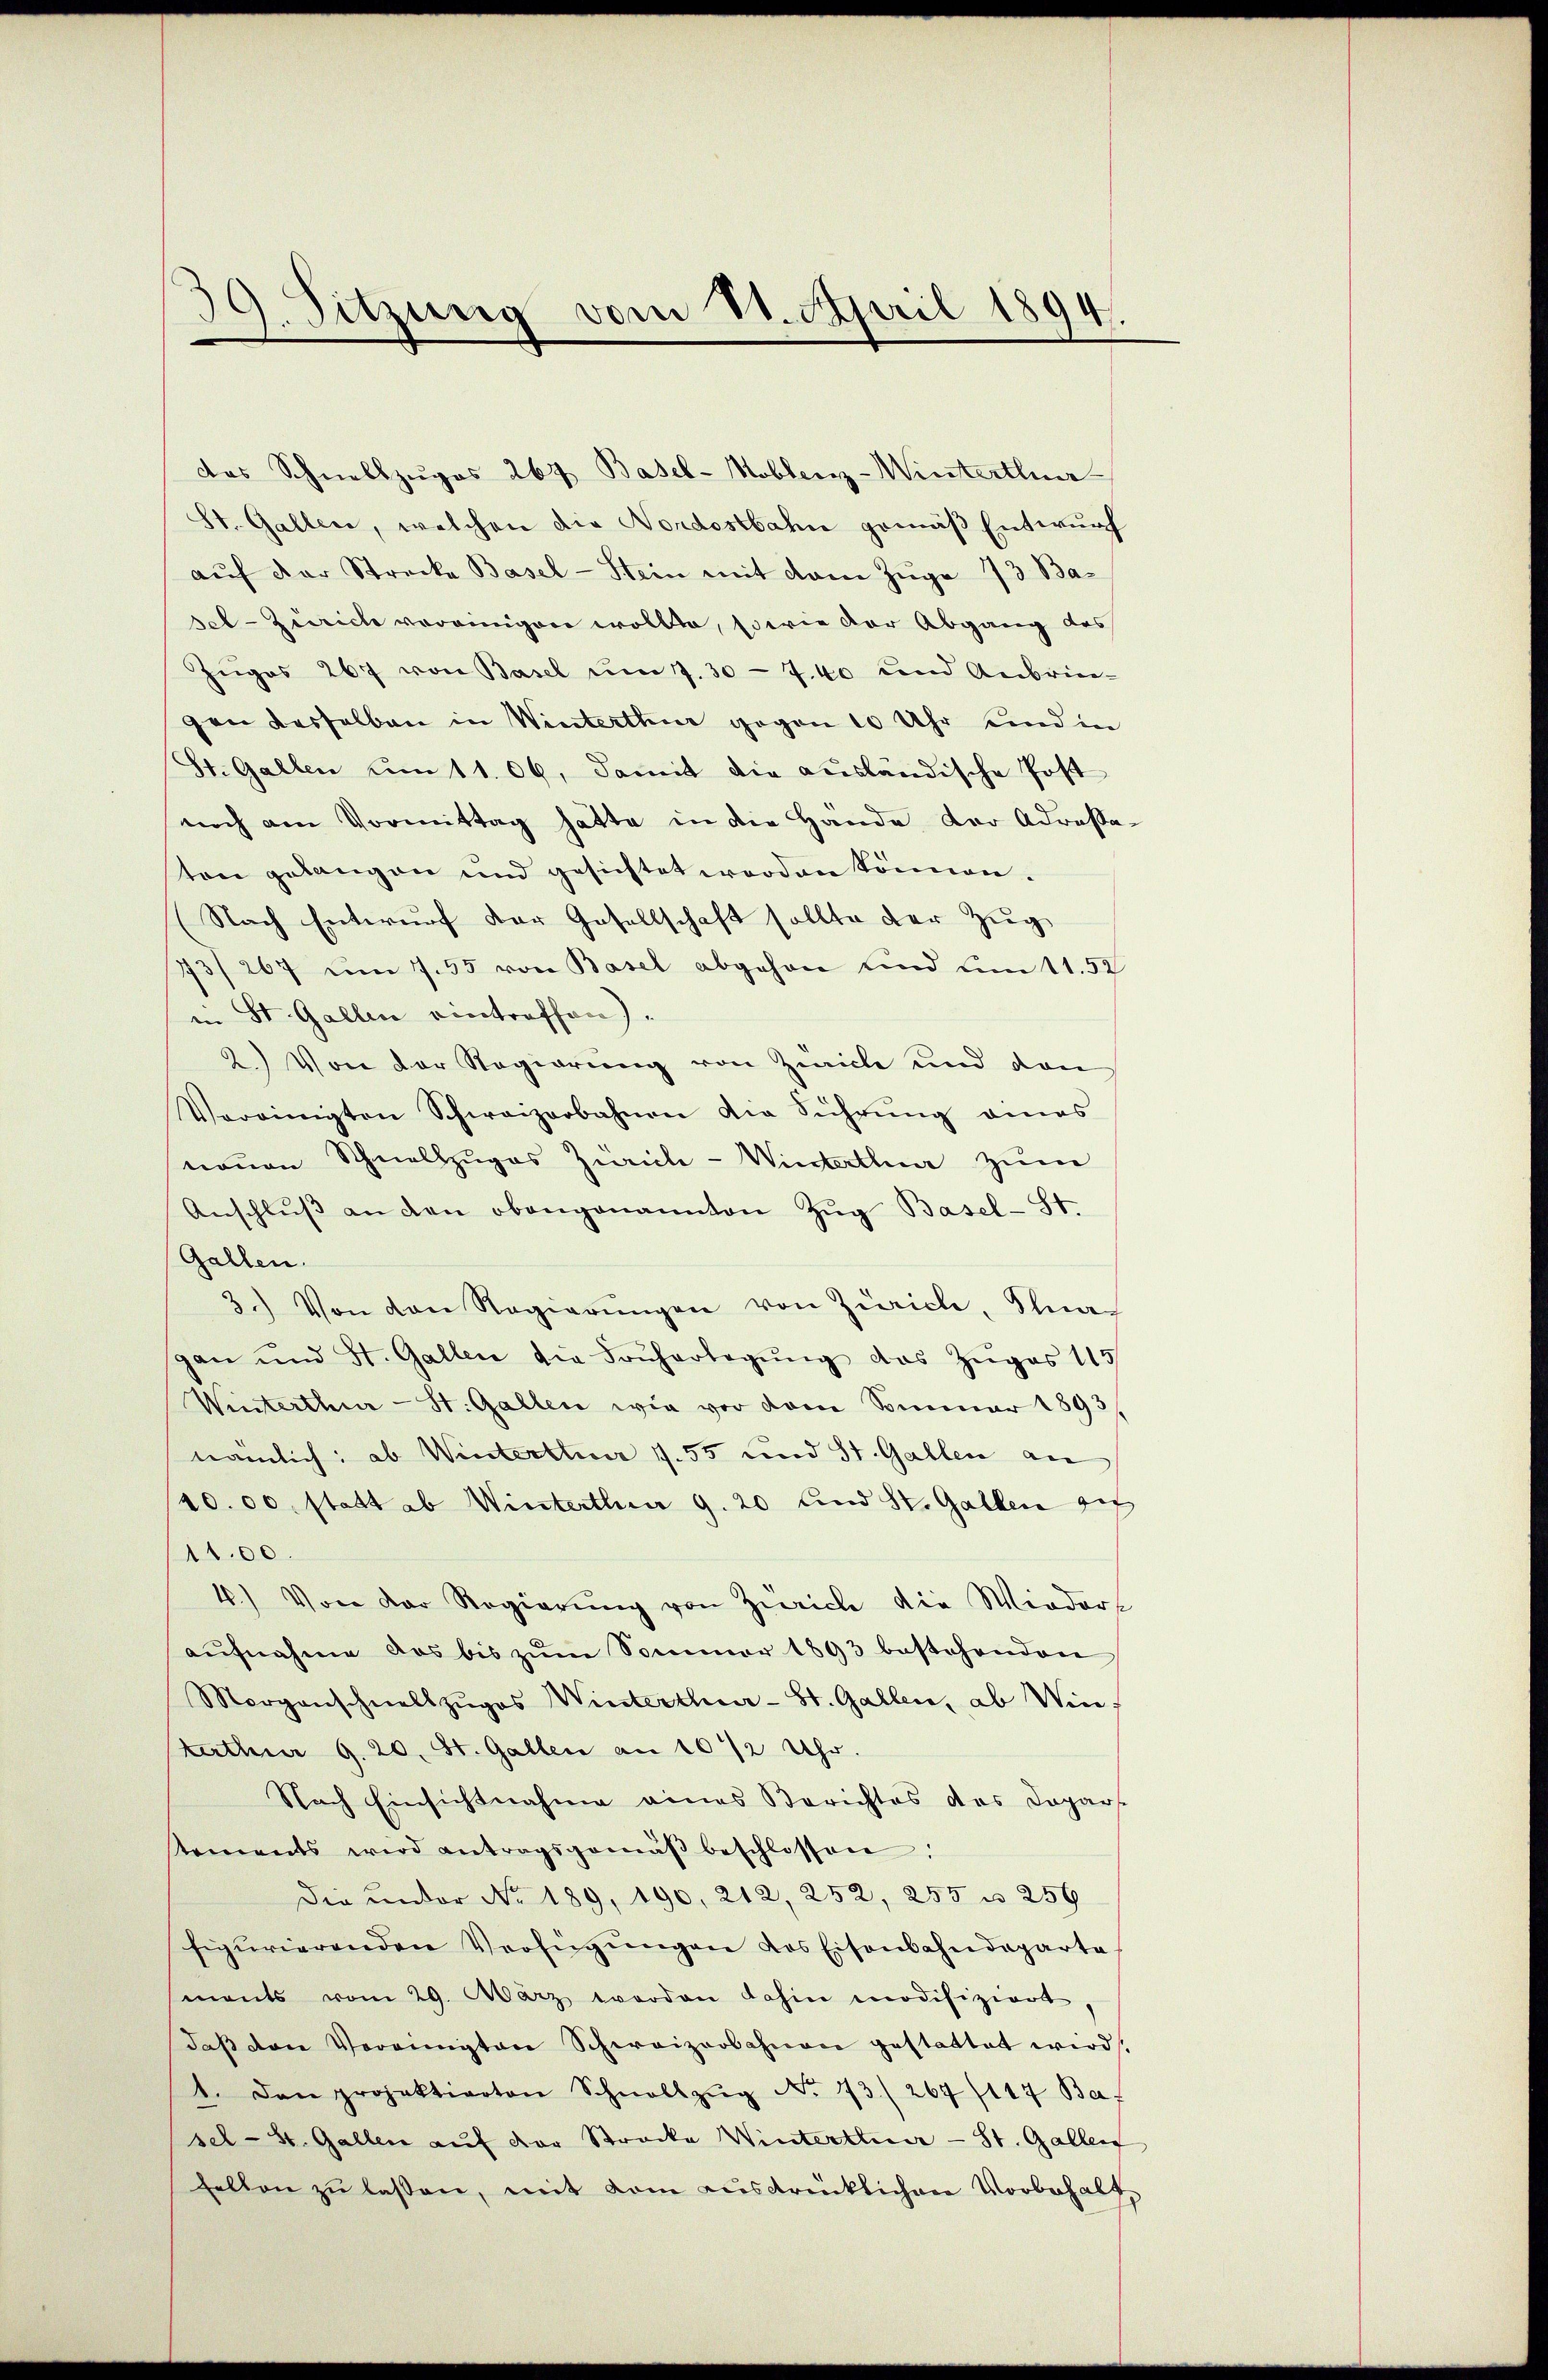
Sitzung vom 11. April 1894.
.

das Schnellzugos 267. Basel-Mobler-Winterthur
St. Gallen, welchen die Nordostbahn gemäß Entwurf
aŭf der Strecke Basel-Stein mit dem Züge 73 Basel-Zürich vereinigen wollte, sowie der Abgang des
Zŭgos 267 von Basel ŭm 7. 30 - 7.40 und Anbrin-
gen desselben in Winterthur gegen 10 Uhr und in
St. Gallen um 11. 09, damit die ausländische Post
noch am Vormittag hatte in die Hände der Adresta-
ten gelangen und gesichtet worden können.
(Nach Entwurf der Gesellschaft sollte der Zug
73/267 um 7.55 von Basel abgehen und um 11. 52
in St. Gallen eintreffen).
2.) Von der Regierung von Zürich und den
Vereinigten Schweizerbahnen die Führŭng eines
neŭen Schnellzŭges Zürich-Winterthur zum
Anschlŭβ an den obengenannten Zŭg Basel-St.
Gallen.
3.) Von den Regierŭngen von Zürich, Sta
gan und St. Gallen die Früherlegŭng das Zŭges 115/
Winterthur - St. Gallen wie vor dem Sommer 1893
nämlich: ob Winterthur 155 und St. Gallen an
/20. 00. statt ab Winterthur g. 20 und St. Gallen ge
11.00.
4.) Von der Regierŭng von Zürich die Wieders
aŭfnahme das bis zŭm Sommer 1893 bestehenden
Morgenschnellzŭgos Winterthur-St. Gallen, ab Win
tattuar 9. 20. St. Gallen an 10 1/2 Uhr.
Nach Einsichtnahme eines Berichtes das Dopar-
tements wird antragsgemäβ beschlossen.
Die ander No. 189, 190, 212, 252, 255 u. 256
figurierenden Verfügŭngen des Eisenbahndeparte
mants vom 29. März worden dahin modifiziert,
daβ den Vereinigten Schweizerbahnen gestattet wird.
1. Dan projektierten Schnellzŭg No. 13./264 (117 Baf
sel-St. Gallen auf der Strocke Winterthur - St. Gallen,
felten zŭ lassen, mit dem ausdrücklichen Vorbehalt-